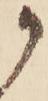
か